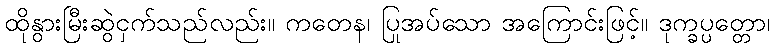
ထိုနွားမြီးဆွဲငှက်သည်လည်း။ ကတေန၊ ပြုအပ်သော အကြောင်းဖြင့်။ ဒုက္ခပ္ပတ္တော၊